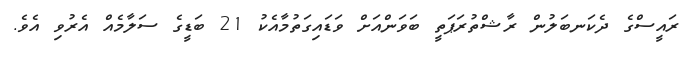
ރައީސްގެ ދެކަނބަލުން ރާޝްތުރަޕަތީ ބަވަންއަށް ވަޑައިގަތުމާއެކު 21 ބަޑީގެ ސަލާމެއް އެރުވި އެވެ.